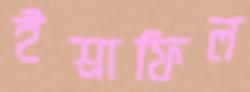
ইশ্রাফিল